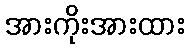
အားကိုးအားထား